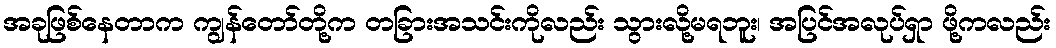
အခုဖြစ်နေတာက ကျွန်တော်တို့က တခြားအသင်းကိုလည်း သွားလို့မရဘူး၊ အပြင်အလုပ်ရှာ ဖို့ကလည်း